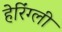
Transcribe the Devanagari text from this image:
हेरिंग्ली